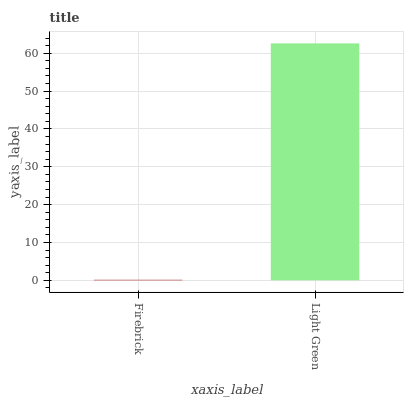
| xaxis_label | bars |
 | --- | --- |
 | Firebrick | 0.137 |
 | Light Green | 62.6 |